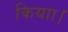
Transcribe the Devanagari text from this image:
कियाा।